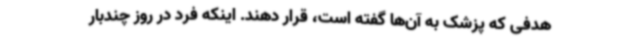
هدفی که پزشک به آن‌ها گفته است، قرار دهند. اینکه فرد در روز چندبار